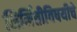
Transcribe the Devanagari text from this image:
निर्मितीविषयीचे